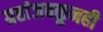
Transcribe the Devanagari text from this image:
ग्रहांजवळूनही